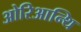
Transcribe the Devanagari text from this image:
ओरिआन्थि